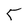
Character: 5